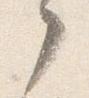
了